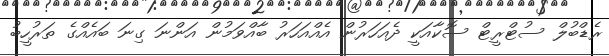
ރެޑްބުލް ސުޓްރީޓް ސޮކާއަކީ ދެއަހަރުން އެއްއަހަރު ބާއްވަމުން އަންނަ ގިނަ ބައެއްގެ ތަރުހީބު